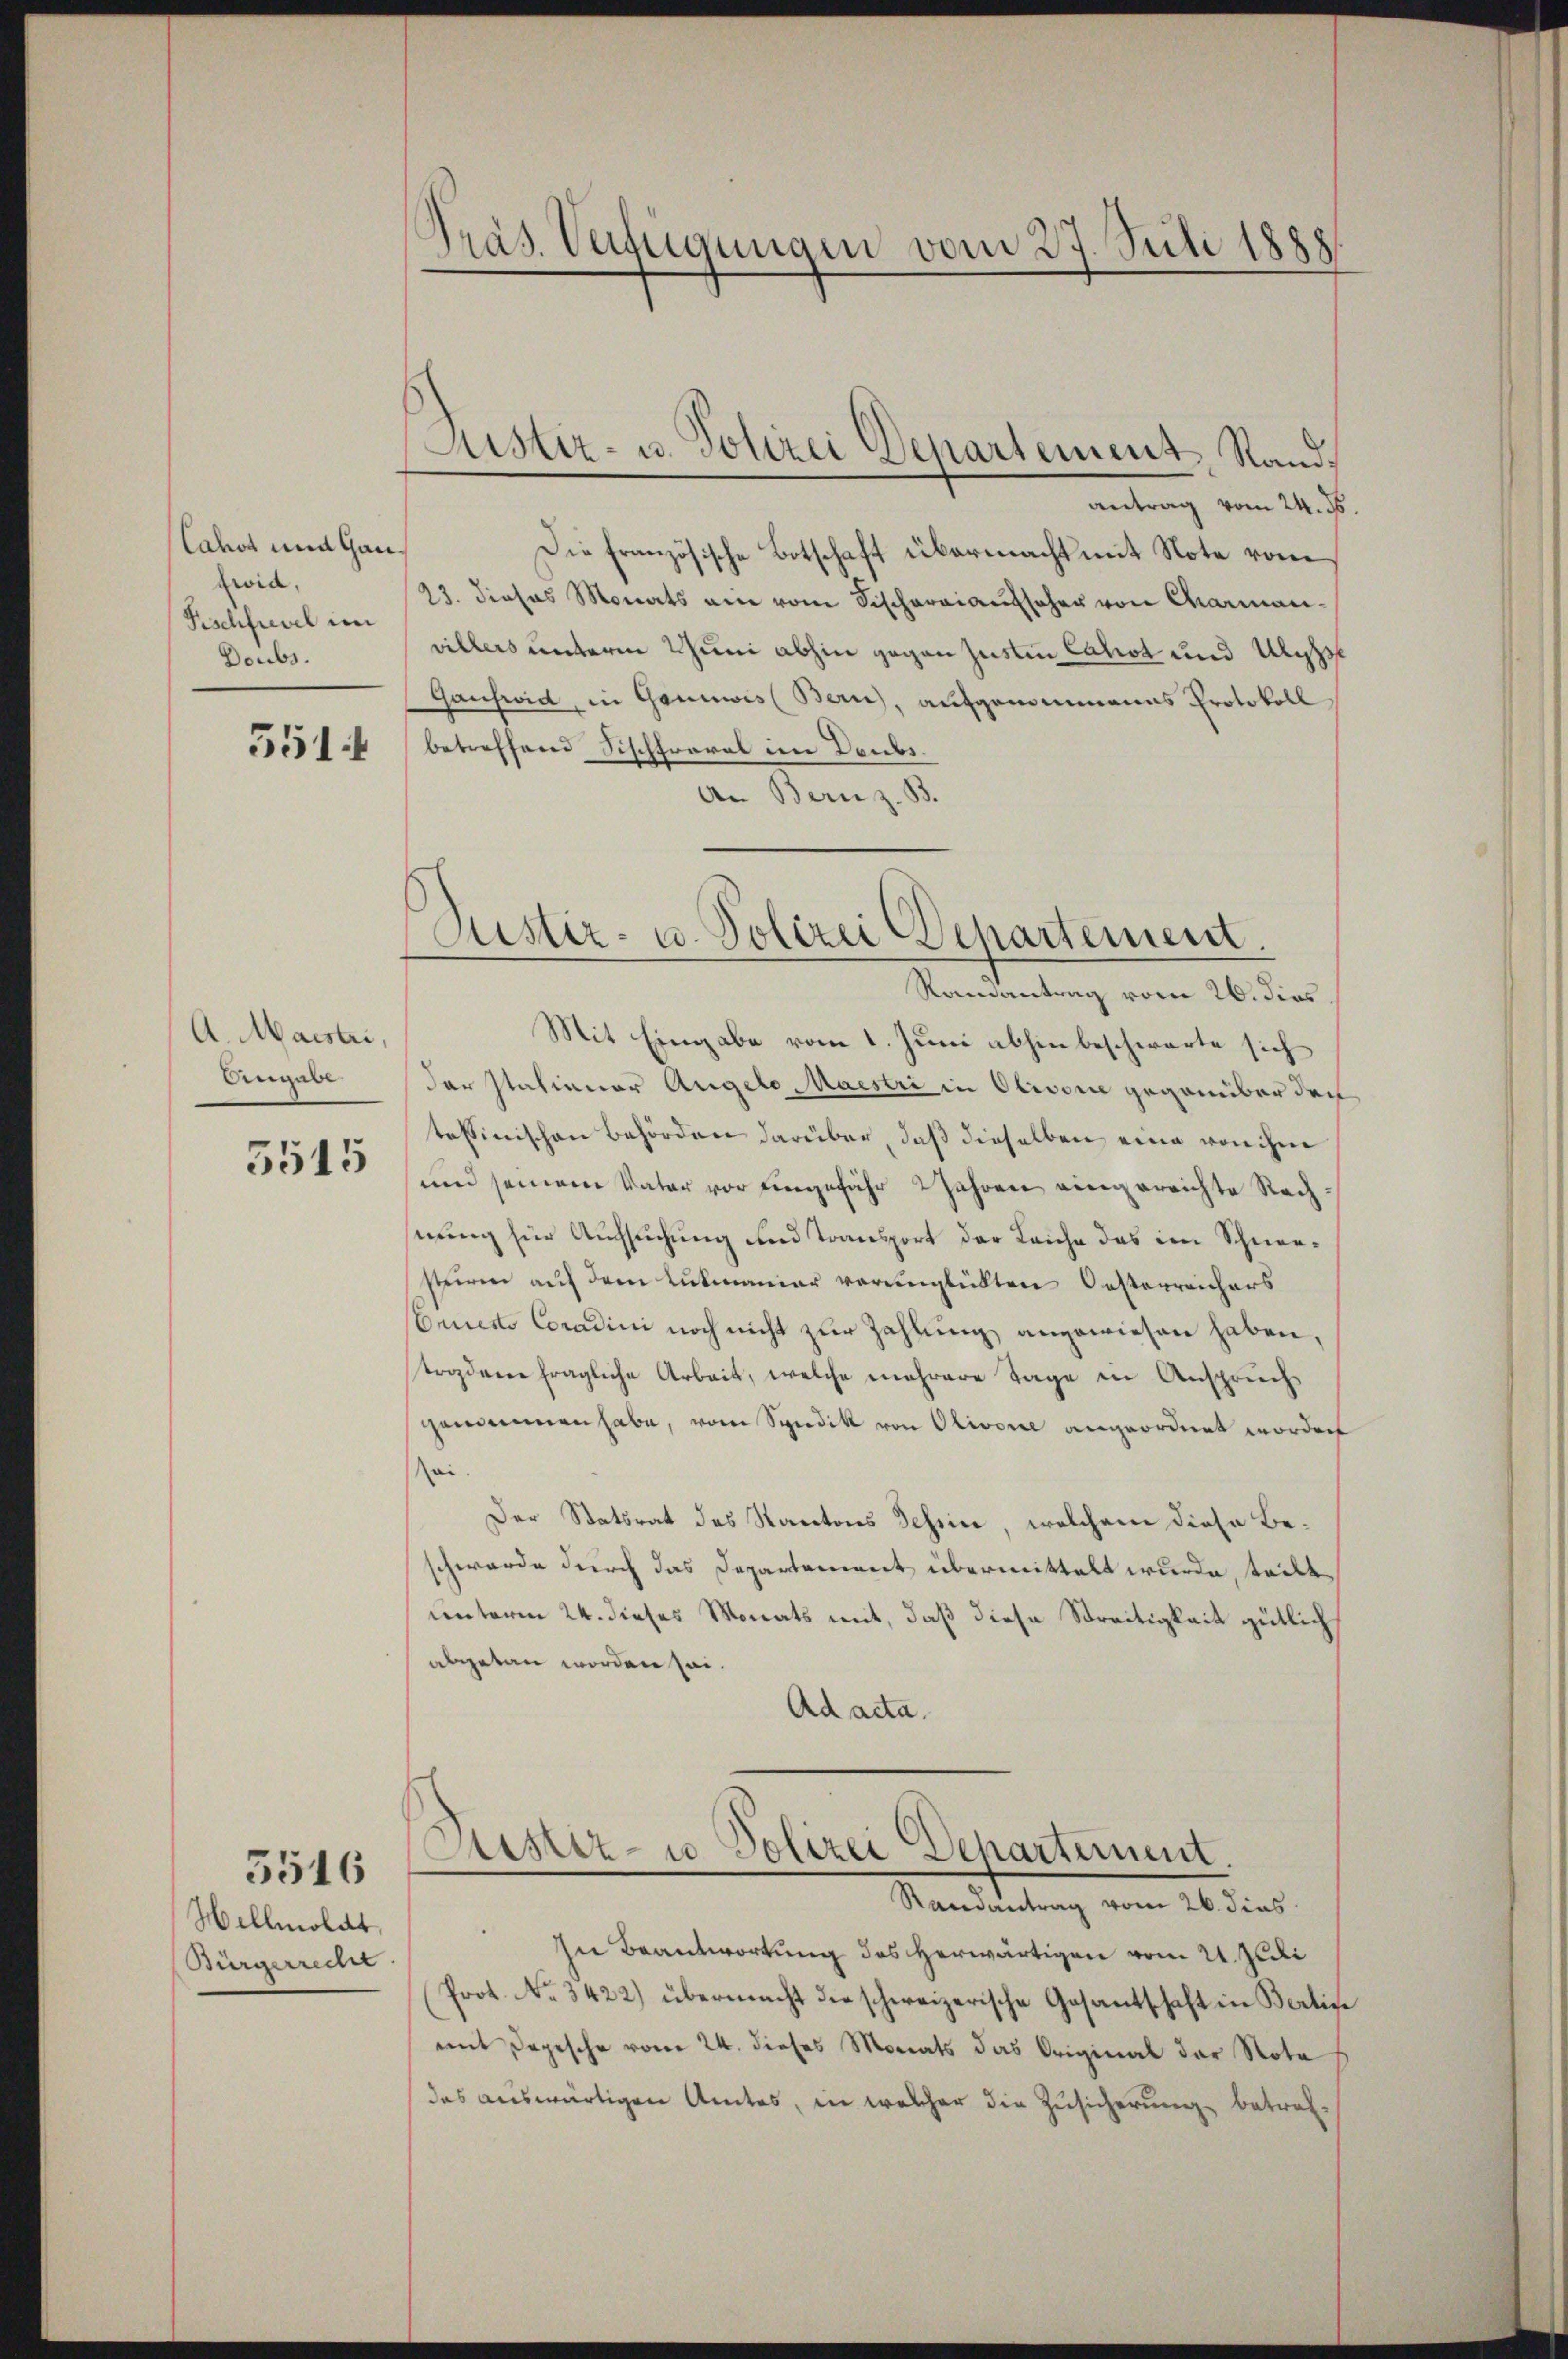
Cahot und Gan
zwid
Fischfuvel im
Doubs.

551

A. Maistri,
Angabe

3515

Hellmoldt,
Bürgerrecht

5516

Präs. Verfügungen vom 27. Juli 1888.

Justiz- u. Polizei Departement, Rand¬

antrag vom 24. 16.
Die französische Botschaft übermacht mit Note vom
23. Jiosas Monats ein vom Fischaraiaufscher von Charmanvillers unterm 2 Juni abhin gegen Justin Cahot und Us
Ganswid, in Gannwis (Bern, aufgenommenes Protokoll
betreffend Sischfraral in Deubs.
An Bern z. B.

Justiz- u. Polizei Departement.

Ramantrag vom 26. dies
Mit Eingabe vom 1. Juni abhin beschwarte sich
der statianer Angelo Maestri in Olivone gegenüber doch
tessinischen Behörden darüber, daß dieselben eine von ihm
und seinem Vater vor eingefähr 2 Jahren eingereichte Rechnung für Aufsuchung und Transport der Leiche das im Schneesteiren auf dem Lukmaniar verunglückten Oesterreichers
Comnesto Coradini noch nicht zur Zahlung angewiesen haben,
troder fragliche Arbeit, welche mehrere Tage in Anspruch
genommen habe, vom Syndik von Olivone angeordnet worden
ai.
Der Statsrat des Kantons Tessin, welchem diese Beschwerde durch das Departement übermittelt wurde, teilt
unterm 24. dieses Monats mit, daß diese Streitigkeit gütlich
abgetan worden sei.
Ad acta.

Kustiz- u Polizei Departement
Randantrag vom 26. dies

In Beantwortung des herwärtigen vom 21. Juli
Prot. No. 3422) übermacht die schweizerische Gesantschaft in Berlin
mit Depesche vom 24. dieses Monats das Original der Nota
das auswärtigen Amtes, in welcher die Zusicherung betref¬